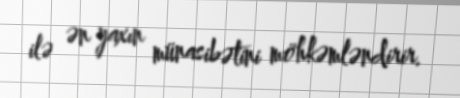
ilə ən yaxın münasibətini möhkəmləndirir.